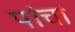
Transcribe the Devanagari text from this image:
पांचां